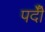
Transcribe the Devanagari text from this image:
पदीँ